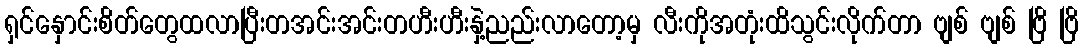
ရှင်နှောင်းစိတ်တွေထလာပြီးတအင်းအင်းတဟီးဟီးနှဲ့ညည်းလာတော့မှ လီးကိုအတုံးထိသွင်းလိုက်တာ ဗျစ် ဗျစ် ဗြိ ဗြိ